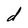
Character: d